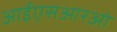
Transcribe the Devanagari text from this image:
आईएसआरओ